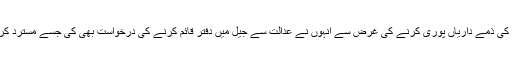
اپنے عہدے کی ذمے داریاں پوری کرنے کی غرض سے انہوں نے عدالت سے جیل میں دفتر قائم کرنے کی درخواست بھی کی جسے مسترد کر دیا گیا تھا۔